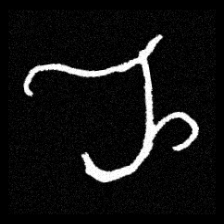
Pyu character \u2014 Myanmar letter: ည (romanized: nya)